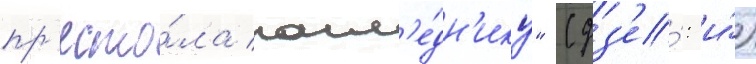
пр'есто́ла насл'е́дн'ику" (дз'е́: и́)